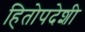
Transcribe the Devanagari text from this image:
हितोपदेशी